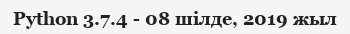
Python 3.7.4 - 08 шілде, 2019 жыл